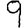
Digit: 9